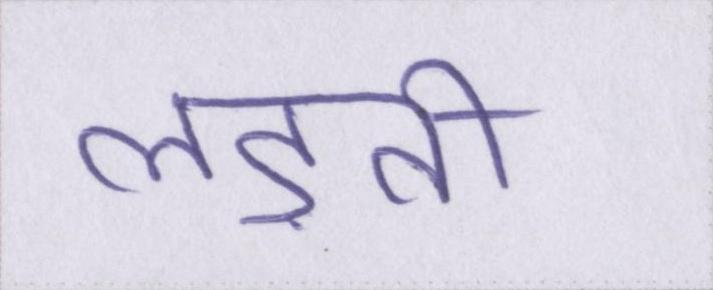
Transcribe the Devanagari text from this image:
लड़ती